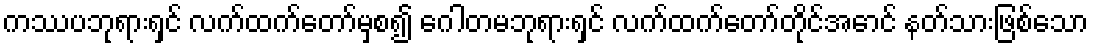
ကဿပဘုရားရှင် လက်ထက်တော်မှစ၍ ဂေါတမဘုရားရှင် လက်ထက်တော်တိုင်အောင် နတ်သားဖြစ်သော